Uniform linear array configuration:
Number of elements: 4
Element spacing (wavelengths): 0.25
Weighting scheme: blackman
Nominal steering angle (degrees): -45
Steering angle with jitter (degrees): -43.129
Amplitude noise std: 0.05
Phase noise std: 0.05

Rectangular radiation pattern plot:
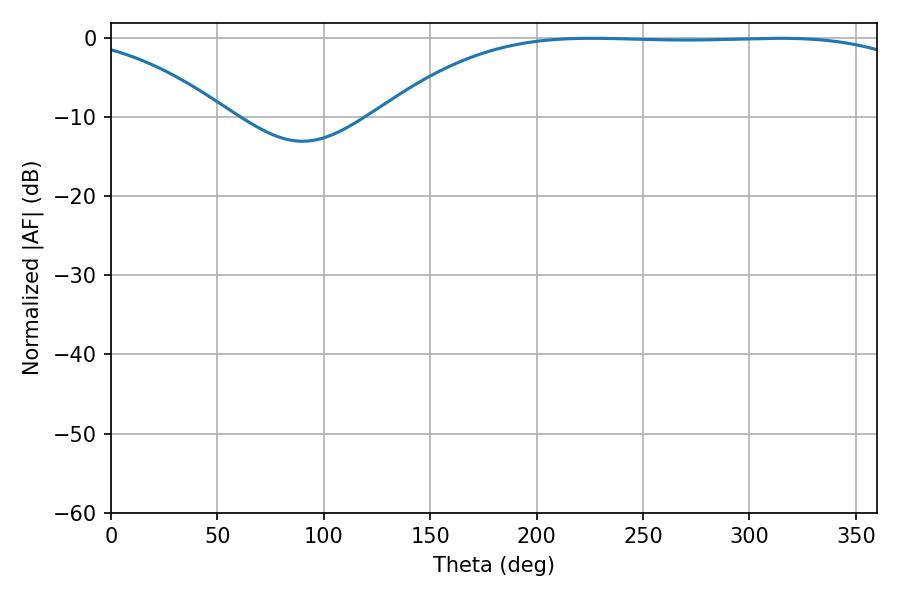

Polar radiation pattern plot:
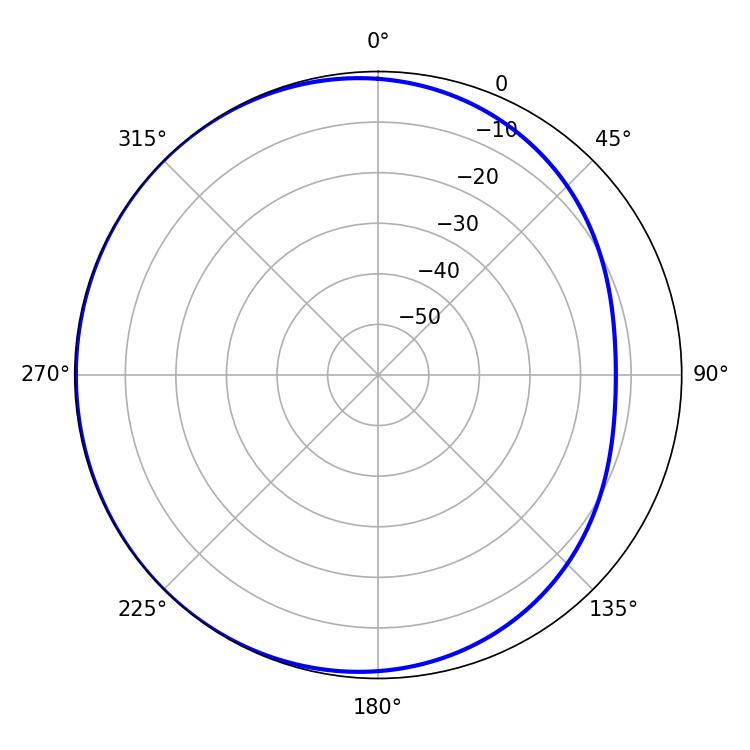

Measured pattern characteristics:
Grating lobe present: FALSE
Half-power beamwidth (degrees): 196.38
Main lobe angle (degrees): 225.72